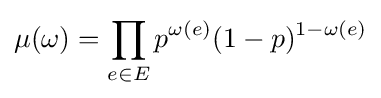
\mu (\omega )=\prod _{e\in E}p^{\omega (e)}(1-p)^{1-\omega (e)}